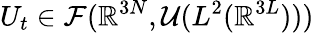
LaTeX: U_{t}\in{\cal F}(\mathbb{R}^{3N},{\cal U}(L^{2}(\mathbb{R}^{3L})))